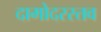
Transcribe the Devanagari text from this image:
दामोदरस्तव